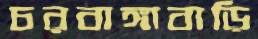
চরবাঙ্গাবাড়ি